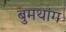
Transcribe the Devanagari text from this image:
बुमथांग